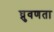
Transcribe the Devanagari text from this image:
घ्रुवणता